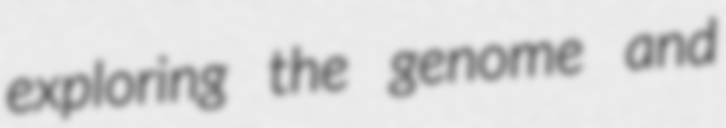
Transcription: exploring the genome and